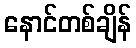
နောင်တစ်ချိန်